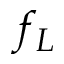
f _ { L }